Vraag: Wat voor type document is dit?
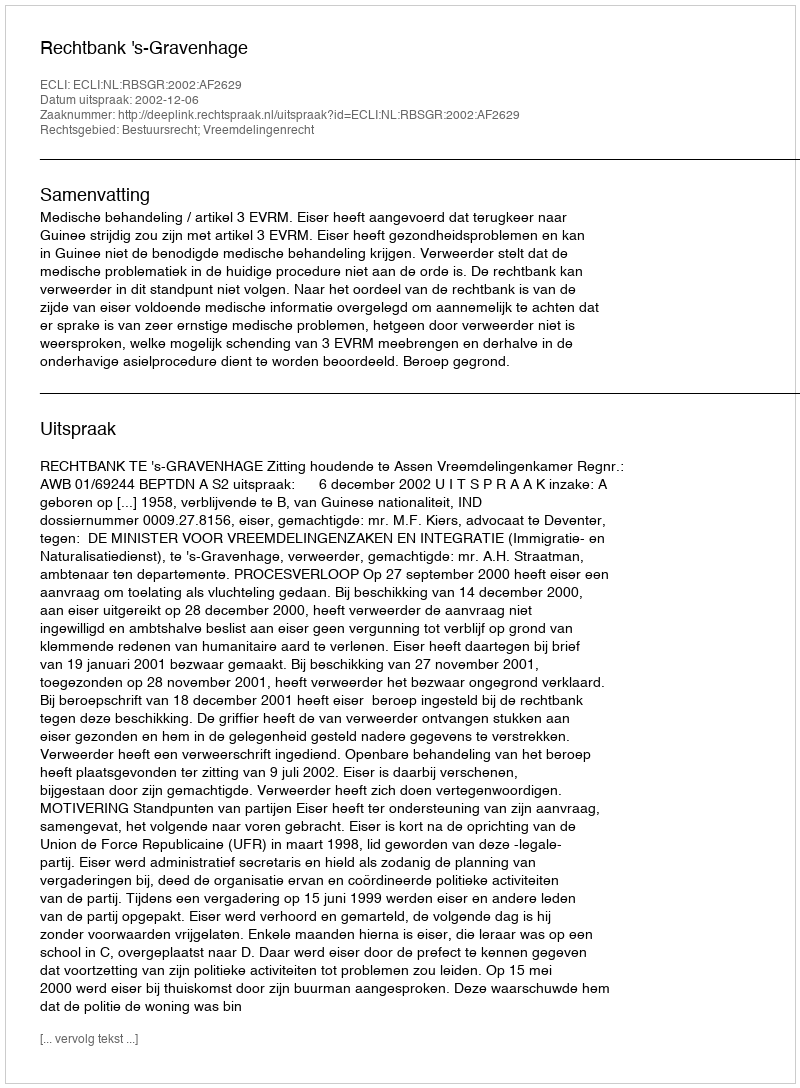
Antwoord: Uitspraak